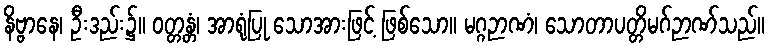
နိဗ္ဗာနေ၊ ဦးဒည်း၌။ ဝတ္တန္တံ၊ အာရုံပြု သောအားဖြင့် ဖြစ်သော။ မဂ္ဂဉာဏံ၊ သောတာပတ္တိမဂ်ဉာဏ်သည်။